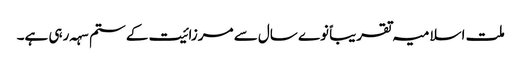
ملت اسلامیہ تقریباً نوے سال سے مرزائیت کے ستم سہہ رہی ہے۔